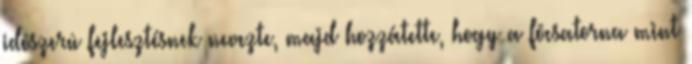
idõszerû fejlesztésnek nevezte, majd hozzátette, hogy a fõcsatorna mint